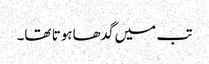
تب میں گدھاہوتا تھا۔